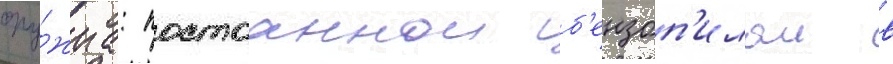
ору́жиа: постоаннои б'ензоп'илои в